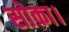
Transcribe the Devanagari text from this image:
सोका।